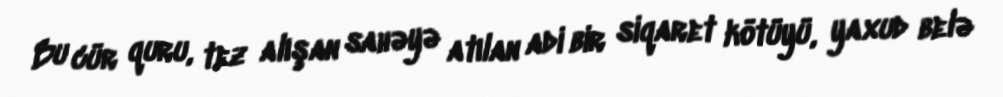
Bu cür quru, tez alışan sahəyə atılan adi bir siqaret kötüyü, yaxud belə